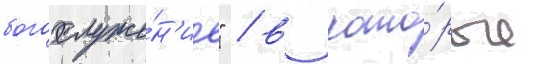
богослуже́н'ие" / в кото́рые